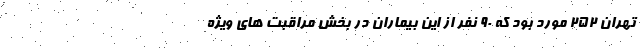
تهران ۲۵۲ مورد بود که ۹۰ نفر از این بیماران در بخش مراقبت های ویژه